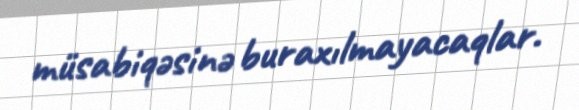
müsabiqəsinə buraxılmayacaqlar.